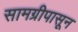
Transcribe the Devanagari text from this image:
सामग्रीपासून